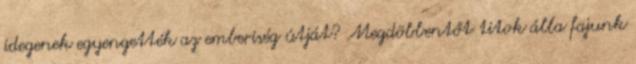
idegenek egyengették az emberiség útját? Megdöbbentőt titok álla fajunk